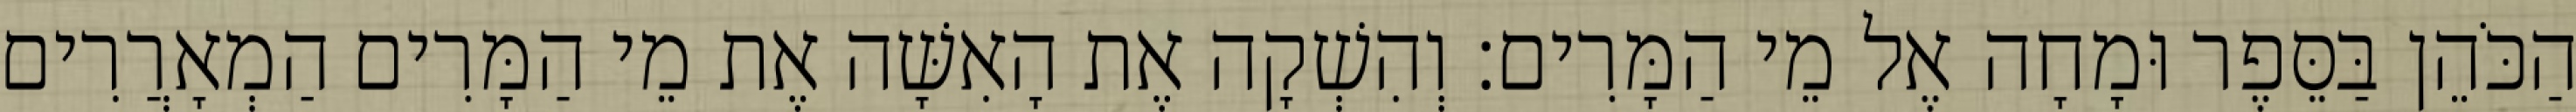
הַכֹּהֵן בַּסֵּפֶר וּמָחָה אֶל מֵי הַמָּרִים׃ וְהִשְׁקָה אֶת הָאִשָּׁה אֶת מֵי הַמָּרִים הַמְאָרֲרִים